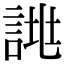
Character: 𧨙